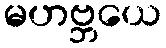
မဟဗ္ဘယေ